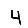
Digit: 4